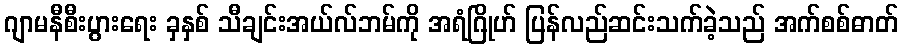
ဂျာမနီစီးပွားရေး ခှနှစ် သီချင်းအယ်လ်ဘမ်ကို အရံဂြိုဟ် ပြန်လည်ဆင်းသက်ခဲ့သည် အက်စစ်ဓာတ်